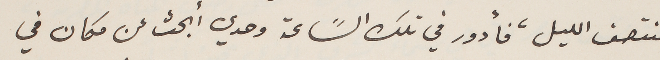
منتصف الليل، فأدور في تلك السًاعة وحدي ابحث عن مكان في